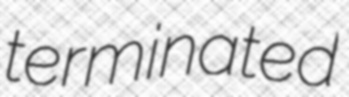
terminated